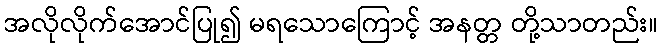
အလိုလိုက်အောင်ပြု၍ မရသောကြောင့် အနတ္တ တို့သာတည်း။